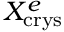
X _ { \mathrm { c r y s } } ^ { e }